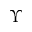
\Upsilon